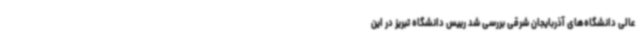
عالی دانشگاه‌های آذربایجان شرقی بررسی شد رییس دانشگاه تبریز در این